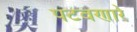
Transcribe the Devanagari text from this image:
पटवणारे